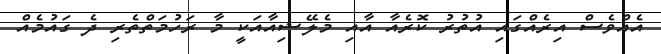
އެއްވެސް އިރެއްގައި އުތުރު ކޮރެއާ އާއި މެލޭޝިއާއަކީ މާ ރަހުމަތްތެރި ދެ ގައުމެއް